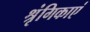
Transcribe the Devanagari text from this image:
श्रृंगिकाएं